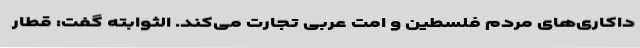
داکاری‌های مردم فلسطین و امت عربی تجارت می‌کند. الثوابته گفت: قطار